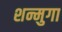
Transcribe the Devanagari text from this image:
शन्मुगा